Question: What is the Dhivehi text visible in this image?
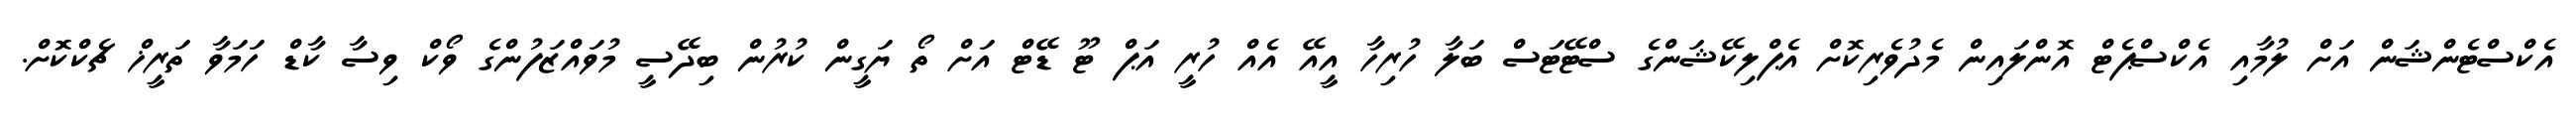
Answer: އެކްސްޓެންޝަން އަށް ލުމާއި އެކްސްޕެޓް އޮންލައިން މެދުވެރިކޮށް އެޕްލިކޭޝަންގެ ސްޓޭޓަސް ބަލާ ހުރިހާ އީއޭ އެއް ހުރީ އަޕް ޓޫ ޑޭޓް އަށް ތޯ ޔަގީން ކުރުން ބިދޭސީ މުވައްޒަފުންގެ ވޯކް ވިސާ ކާޑް ހަމަވާ ތަރީޚް ޗެކްކޮށް.